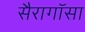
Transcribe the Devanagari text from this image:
सैरागॉसा